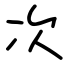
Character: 次